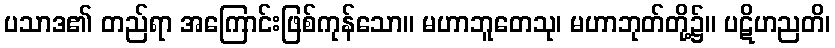
ပသာဒ၏ တည်ရာ အကြောင်းဖြစ်ကုန်သော။ မဟာဘူတေသု၊ မဟာဘုတ်တို့၌။ ပဋိဟညတိ၊